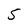
Character: 5